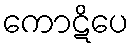
ကောဋိပေ